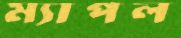
ম্যাপল